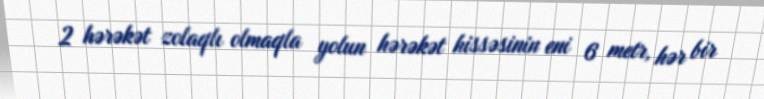
2 hərəkət zolaqlı olmaqla yolun hərəkət hissəsinin eni 6 metr, hər bir